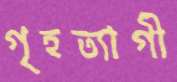
গৃহত্যাগী